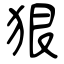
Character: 狠